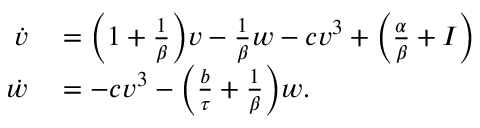
\begin{array} { r l } { \dot { v } } & { { } = \Big ( 1 + \frac { 1 } { \beta } \Big ) v - \frac { 1 } { \beta } w - c v ^ { 3 } + \Big ( \frac { \alpha } { \beta } + I \Big ) } \\ { \dot { w } } & { { } = - c v ^ { 3 } - \Big ( \frac { b } { \tau } + \frac { 1 } { \beta } \Big ) w . } \end{array}